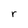
Character: r